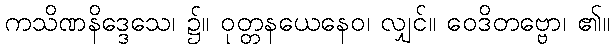
ကသိဏနိဒ္ဒေသေ၊ ၌။ ဝုတ္တနယေနေဝ၊ လျှင်။ ဝေဒိတဗ္ဗော၊ ၏။